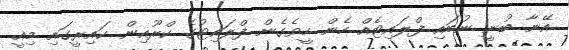
އޭނާ ބުނީ ނުބައި ފްލައިޓެއް ހެން ހީވެގެން ފްލައިޓުގެ ކްރޫއިން ކައިރީގައި މިއީ